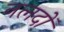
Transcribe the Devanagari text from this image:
नलदों